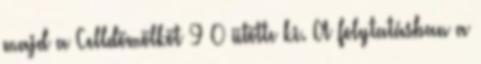
majd a Celldömölköt 9–0 ütötte ki. A folytatásban a